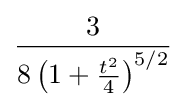
{\frac {3}{8\left(1+{\frac {t^{2}}{4}}\right)^{5/2}}}